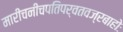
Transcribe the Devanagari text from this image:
मारीचनीचपतिपर्वतवज्रबाहोः